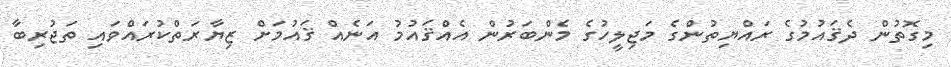
މިގޮތުން ދެޤައުމުގެ ރައްޔިތުންގެ މަޖިލީހުގެ މެންބަރުން އެއްޤައުމު އަނެއް ޤައުމަށް ޒިޔާރަތްކުރައްވައި ތަޖުރިބާ